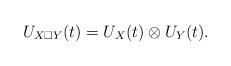
LaTeX: \begin{align*}U_{X \square Y}(t) = U_X(t) \otimes U_Y(t). \end{align*}